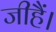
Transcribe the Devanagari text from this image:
जीहैं।